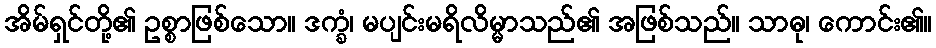
အိမ်ရှင်တို့၏ ဥစ္စာဖြစ်သော။ ဒက္ခံ၊ မပျင်းမရိလိမ္မာသည်၏ အဖြစ်သည်။ သာဓု၊ ကောင်း၏။